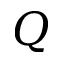
Q